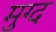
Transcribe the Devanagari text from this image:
मुग्द